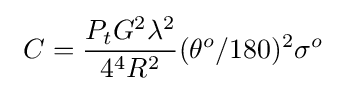
\ C={\frac {P_{t}G^{2}\lambda ^{2}}{4^{4}R^{2}}}(\theta ^{o}/180)^{2}\sigma ^{o}